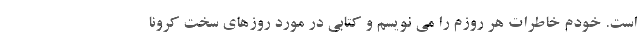
است. خودم خاطرات هر روزم را می نویسم و کتابی در مورد روزهای سخت کرونا